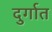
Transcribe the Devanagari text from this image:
दुर्गात